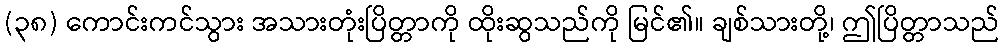
(၃၈) ကောင်းကင်သွား အသားတုံးပြိတ္တာကို ထိုးဆွသည်ကို မြင်၏။ ချစ်သားတို့၊ ဤပြိတ္တာသည်